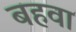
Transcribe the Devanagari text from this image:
बहवा